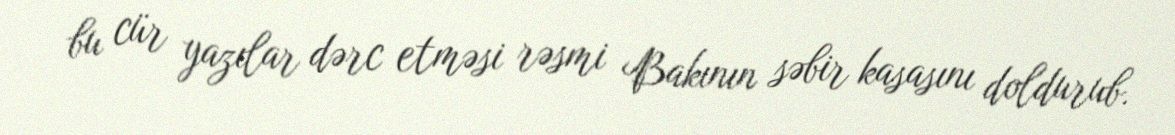
bu cür yazılar dərc etməsi rəsmi Bakının səbir kasasını doldurub.